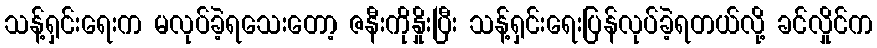
သန့်ရှင်းရေးက မလုပ်ခဲ့ရသေးတော့ ဇနီးကိုနှိုးပြီး သန့်ရှင်းရေးပြန်လုပ်ခဲ့ရတယ်လို့ ခင်လှိုင်က